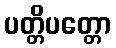
ပတ္တိပတ္တော